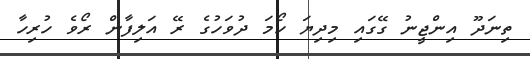
ތިނަދޫ އިންޖީނު ގޭގައި މިދިޔަ ހޯމަ ދުވަހުގެ ރޭ އަލިފާން ރޯވެ ހުރިހާ